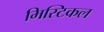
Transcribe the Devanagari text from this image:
मिस्टिकल